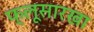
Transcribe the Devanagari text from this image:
फ्लूसारखा